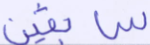
سابقين